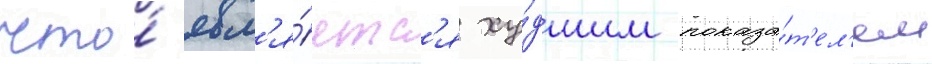
что́ явл'я́етс'я ху́дшим показа́т'ел'ем